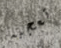
تعجبه